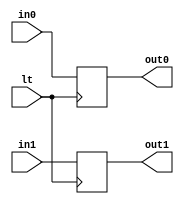
`timescale 1ns / 1ps
//////////////////////////////////////////////////////////////////////////////////
// Company: 
// Engineer: 
// 
// Design Name: 
// Module Name: stage2_reg
// Project Name: 
// Target Devices: 
// Tool Versions: 
// Description: 
// 
// Dependencies: 
// 
// Revision:
// Revision 0.01 - File Created
// Additional Comments:
// 
//////////////////////////////////////////////////////////////////////////////////


module stage2_reg(
    in0,
    in1,
    out0,
    out1,
    lt
    );
    parameter DATA_WIDTH = 13;
    input lt;
    input [DATA_WIDTH-1:0] in0;
    input [DATA_WIDTH-1:0] in1;
    output [DATA_WIDTH-1:0] out0;
    output [DATA_WIDTH-1:0] out1;
    reg [DATA_WIDTH-1:0] out_reg0,out_reg1;
    assign out0 = out_reg0;
    assign out1 = out_reg1;
    always@(posedge lt)
    begin
        out_reg0 <= in0;
        out_reg1 <= in1;
    end
endmodule